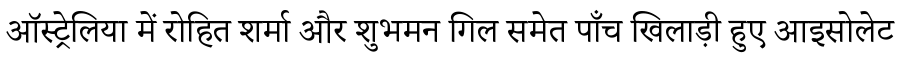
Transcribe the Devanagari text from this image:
ऑस्ट्रेलिया में रोहित शर्मा और शुभमन गिल समेत पाँच खिलाड़ी हुए आइसोलेट